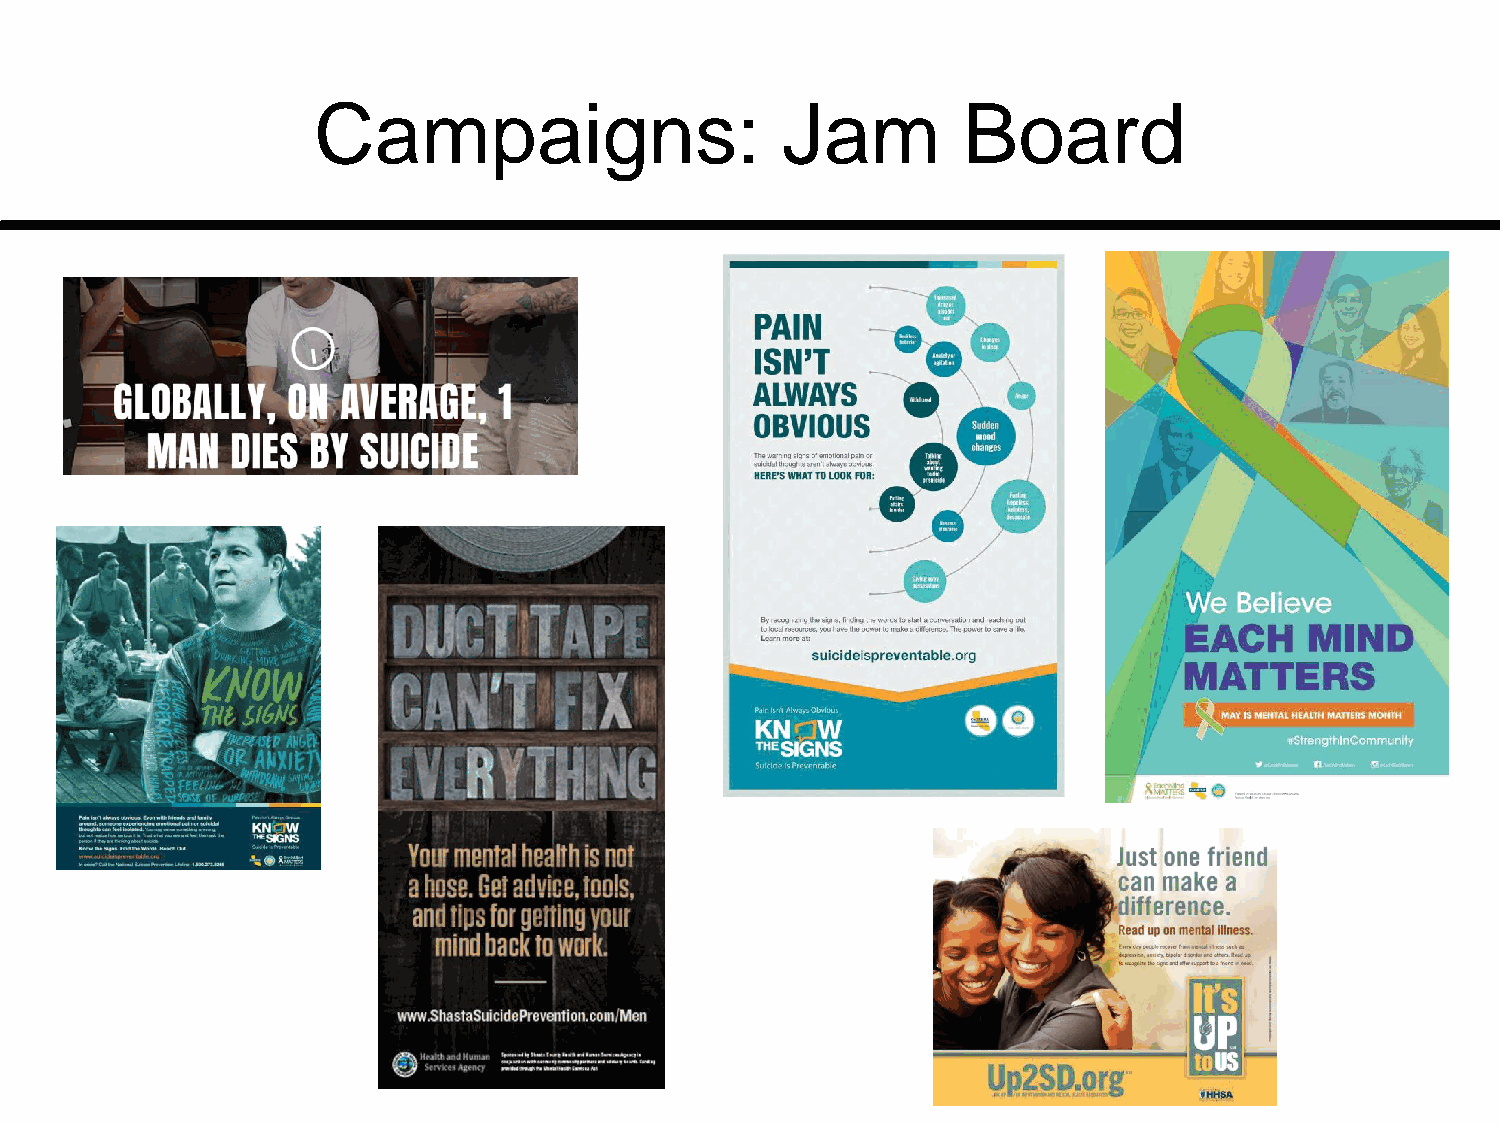
Campaigns:                     Jam         Board